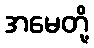
အမေတို့